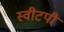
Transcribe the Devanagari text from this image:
स्वीटपी